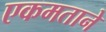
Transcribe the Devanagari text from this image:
एकमताने